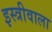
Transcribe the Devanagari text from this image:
इस्त्रीवाला